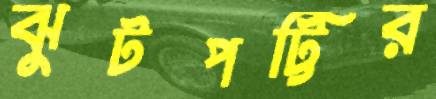
ঝুটপট্টির